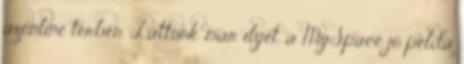
azonline térben. Láttunk már ilyet, a MySpace jó példa